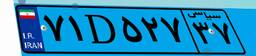
۷۱D۵۲۷۳۷